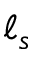
\ell _ { s }